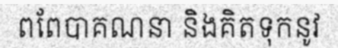
ពពែបាគណនា និងគិតទុកនូវ